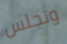
وتجلس